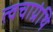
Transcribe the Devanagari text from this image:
त्वचाग्रंथि